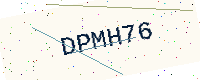
Text: DPMH76